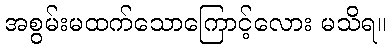
အစွမ်းမထက်သောကြောင့်လေား မသိရ။